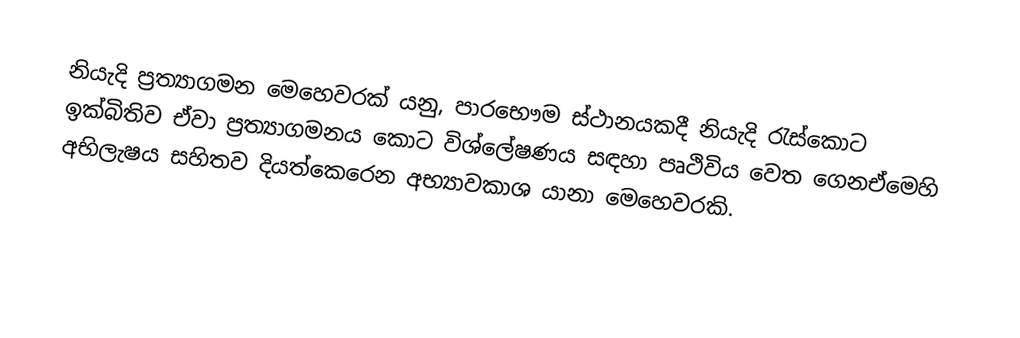
නියැදි ප්‍රත්‍යාගමන මෙහෙවරක් යනු, පාරභෞම ස්ථානයකදී නියැදි රැස්කොට ඉක්බිතිව ඒවා ප්‍රත්‍යාගමනය කොට විශ්ලේෂණය සඳහා පෘථිවිය වෙත ගෙනඒමෙහි අභිලැෂය සහිතව  දියත්කෙරෙන අභ්‍යාවකාශ යානා මෙහෙවරකි.